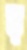
ফ্